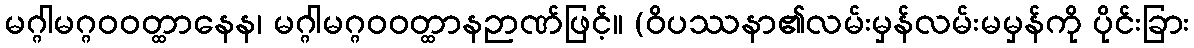
မဂ္ဂါမဂ္ဂဝဝတ္ထာနေန၊ မဂ္ဂါမဂ္ဂဝဝတ္ထာနဉာဏ်ဖြင့်။ (ဝိပဿနာ၏လမ်းမှန်လမ်းမမှန်ကို ပိုင်းခြား